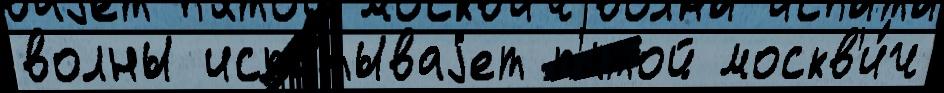
волны испы́тываjет п'ятой москв'и́ч